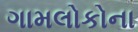
ગામલોકોના